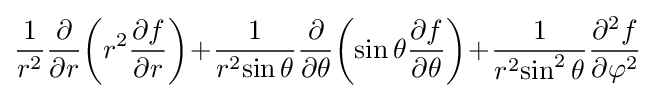
{1 \over r^{2}}{\partial  \over \partial r}\!\left(r^{2}{\partial f \over \partial r}\right)\!+\!{1 \over r^{2}\!\sin \theta }{\partial  \over \partial \theta }\!\left(\sin \theta {\partial f \over \partial \theta }\right)\!+\!{1 \over r^{2}\!\sin ^{2}\theta }{\partial ^{2}f \over \partial \varphi ^{2}}